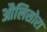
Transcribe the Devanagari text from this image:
औलिसोरा